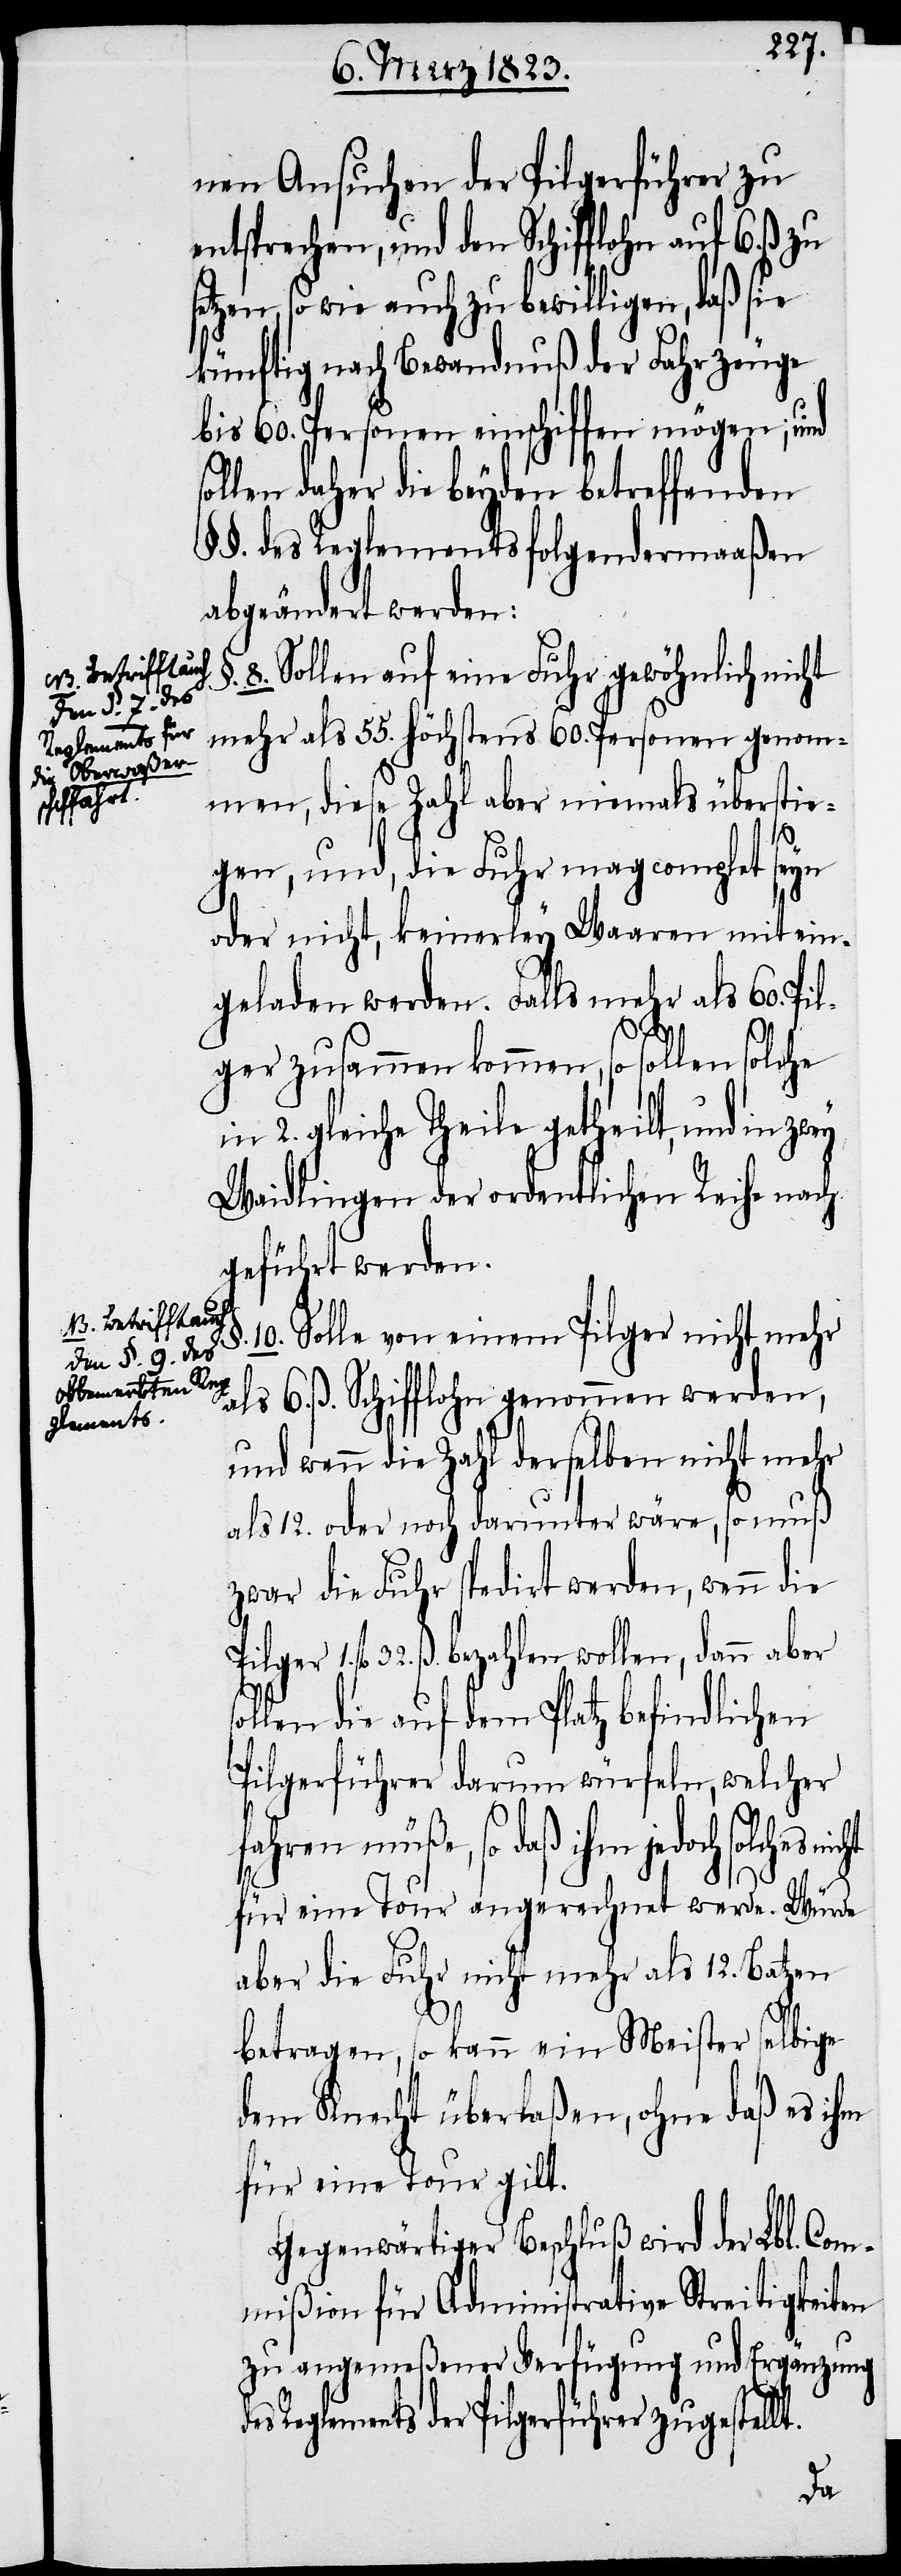
nen Ansuchen der Pilgerführer zu
entsprechen, und den Schifflohn auf 6. ß.
setzen, so wie auch zu bewilligen, daß sie
künftig nach Bewandnuß der Fahrzeuge
bis 60. Personen einschiffen mögen; und
ollen daher die beyden betreffenden
§§. des Reglements folgendermaaßen
abgeändert werden:
8. Sollen auf eine Fuhr gewöhnlich nicht
mehr als 55. höchstens 60. Personen genom¬
Reglements für
die Oberwaßersc¬
hiffahr¬
men, diese Zahl aber niemals überstie¬
1.
a-N¬
gen, und, die Fuhr mag complet
oder nicht, keinerley Waaren mit ein¬
geladen werden. Falls mehr als 60. Pil¬
ger zusammen kommen, so sollen solche
in 2. gleiche Theile getheilt, und in zw¬
Waidlingen der ordentlichen Reihe nach
geführt werden.
B. Betrifft auch
10. Solle von einem Pilger nicht mehr
den §. 9. des
obbemerkten Reg¬
als 6. ß. Schifflohn genommen werden,
lements.-a
und wenn die Zahl derselben nicht mehr
als 12. oder noch darunter wäre, so muß
zwar die Fuhr spedirt werden, wenn die
fl. 32. ß. bezahlen wollen, dann aber
ollen die auf dem Platz befindlichen
Pilgerführer darum würfeln, welcher
fahren müße, so daß ihm jedoch
für eine Tour angerechnet werde. Würde
aber die Fuhr nicht mehr als 12. Batzen
d¬
betragen, so kann ein Meister selbige
dem Knecht überlaßen, ohne daß es ihm
für eine Tour gilt.
Gegenwärtiger Beschluß wird der Lbl. Com¬
mißion für Administrative Streitigkeiten
zu angemeßener Verfügung und Ergänzung
es Reglements der Pilgerführer zugestellt.